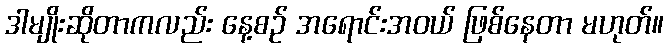
ဒါမျိုးဆိုတာကလည်း နေ့စဉ် အရောင်းအဝယ် ဖြစ်နေတာ မဟုတ်။